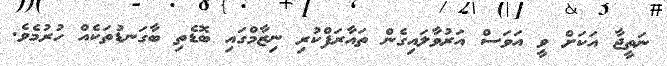
ނަތީޖާ އަކަށް ވީ އަވަސް އަރުވާލައިގެން ތައާރަފްކުރި ނިޒާމްގައި ބޮޑެތި ބާގަނޑުތަކެއް ހުރުމެވެ.